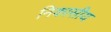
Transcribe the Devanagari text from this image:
निकासीय